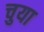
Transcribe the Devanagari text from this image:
चुया